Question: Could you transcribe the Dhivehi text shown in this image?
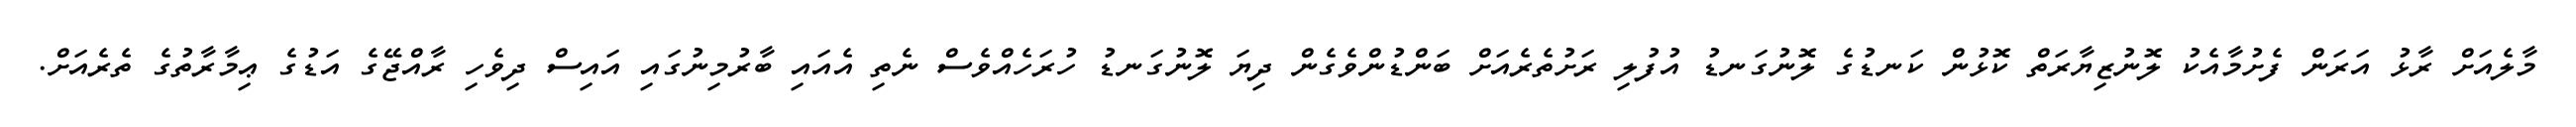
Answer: މާލެއަށް ރާޅު އަރަން ފެށުމާއެކު ލޮނުޒިޔާރަތް ކޮޅުން ކަނޑުގެ ލޮނުގަނޑު އުފުލި ރަށުތެރެއަށް ބަންޑުންވެގެން ދިޔަ ލޮނުގަނޑު ހުރަހެއްވެސް ނެތި އެއައި ބާރުމިނުގައި އައިސް ދިވެހި ރާއްޖޭގެ އަޑުގެ ޢިމާރާތުގެ ތެރެއަށް.